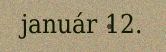
január 12.